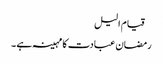
 قیام الیل
رمضان عبادت کا مہینہ ہے ۔